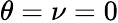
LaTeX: \theta=\nu=0